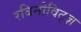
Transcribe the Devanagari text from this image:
रबिनोविट्ज़